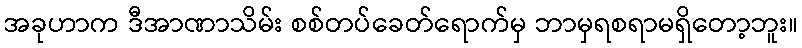
အခုဟာက ဒီအာဏာသိမ်း စစ်တပ်ခေတ်ရောက်မှ ဘာမှရစရာမရှိတော့ဘူး။